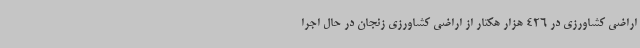
اراضی کشاورزی در 426 هزار هکتار از اراضی کشاورزی زنجان در حال اجرا